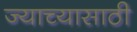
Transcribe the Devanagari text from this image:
ज्याच्यासाठी